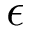
\epsilon